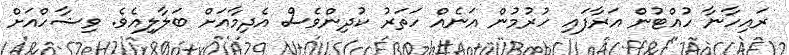
ރައިހާނާ ހުއްޓުން އަރާފައި ހުރުމުން އަނެއް ހަތަރު ކުދިންވެސް އެދިމާއަށް ބަލާލިއެވެ. ވިޝާހްއަށް